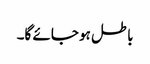
باطل ہو جائے گا۔